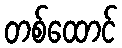
တစ်ထောင်